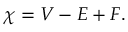
\chi = V - E + F .